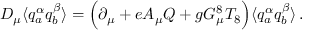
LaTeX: D _ { \mu } \langle q _ { a } ^ { \alpha } q _ { b } ^ { \beta } \rangle = \Bigl ( \partial _ { \mu } + e A _ { \mu } Q + g G _ { \mu } ^ { 8 } T _ { 8 } \Bigr ) \langle q _ { a } ^ { \alpha } q _ { b } ^ { \beta } \rangle \, .